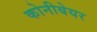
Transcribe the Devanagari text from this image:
कोनीबेयर